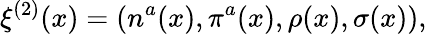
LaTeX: \xi^{(2)}(x)=(n^{a}(x),\pi^{a}(x),\rho(x),\sigma(x)),